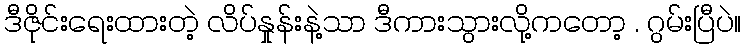
ဒီဇိုင်းရေးထားတဲ့ လိပ်နှုန်းနဲ့သာ ဒီကားသွားလို့ကတော့ . ဂွမ်းပြီပဲ။